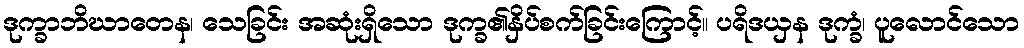
ဒုက္ခာဘိဃာတေန၊ သေခြင်း အဆုံးရှိသော ဒုက္ခ၏နှိပ်စက်ခြင်းကြောင့်။ ပရိဒယှန ဒုက္ခံ၊ ပူလောင်သော